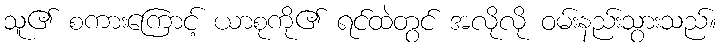
သူ၏ စကားကြောင့် ယာစုကို၏ ရင်ထဲတွင် အလိုလို ဝမ်းနည်းသွားသည်။